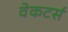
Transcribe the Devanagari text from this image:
वेकटर्स